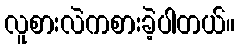
လူစားလဲကစားခဲ့ပါတယ်။